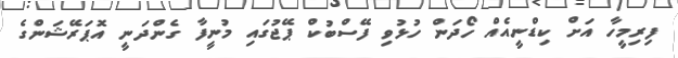
ފިރިމީހާ އަށް ކިޑްނީއެއް ހޯދަން ހުޅުވި ފޭސްބުކް ޕޭޖުގައި މުނީފާ ގެންދަނީ އޮޕަރޭޝަންގެ